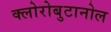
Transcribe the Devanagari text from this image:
क्लोरोबुटानोल